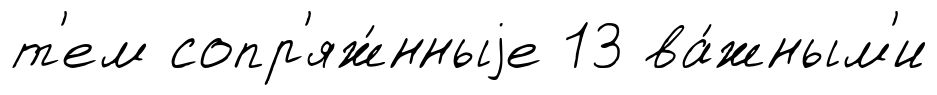
т'ем сопр'яж́нныjе 13 ва́жным'и